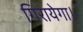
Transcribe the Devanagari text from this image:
गिरायेगा।